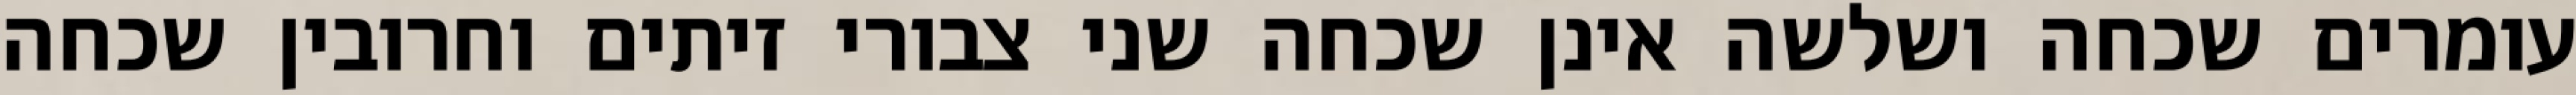
עומרים שכחה ושלשה אינן שכחה שני צבורי זיתים וחרובין שכחה